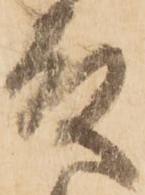
殿